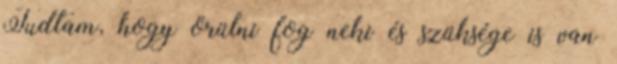
Tudtam, hogy örülni fog neki és szüksége is van